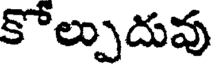
కోల్పుదువు